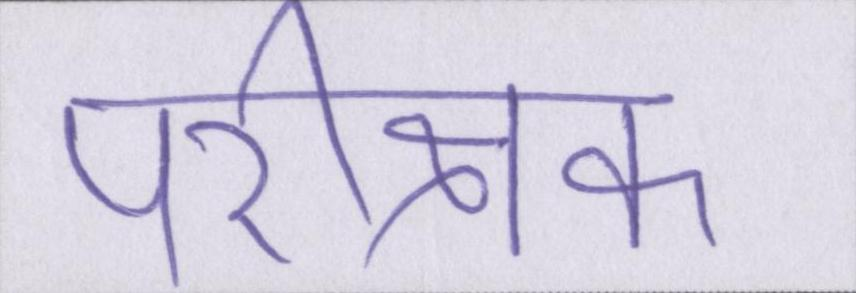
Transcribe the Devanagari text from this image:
परीक्षक